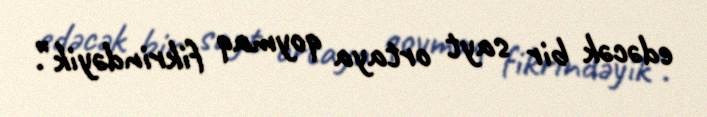
edəcək bir sayt ortaya qoymaq fikrindəyik”.